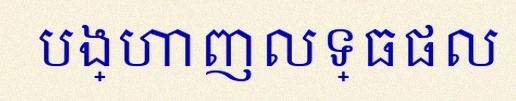
បង្ហាញលទ្ធផល